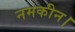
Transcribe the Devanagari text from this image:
नमकीन।